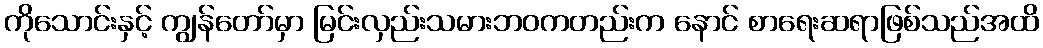
ကိုသောင်းနှင့် ကျွန်တော်မှာ မြင်းလှည်းသမားဘဝကတည်းက နောင် စာရေးဆရာဖြစ်သည်အထိ